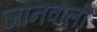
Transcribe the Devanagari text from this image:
जानवाली